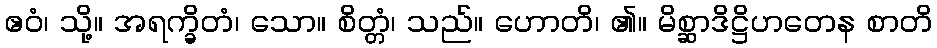
ဧဝံ၊ သို့။ အရက္ခိတံ၊ သော။ စိတ္တံ၊ သည်။ ဟောတိ၊ ၏။ မိစ္ဆာဒိဋ္ဌိဟတေန စာတိ